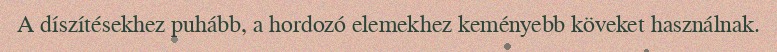
A díszítésekhez puhább, a hordozó elemekhez keményebb köveket használnak.